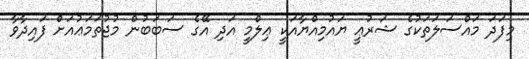
މިފަދަ މައްސަލަތަކުގެ ޝަރުޢީ ޔައުމިއްޔާއަކީ ޢިލްމީ އަދި އޭގެ ސަބަބުން މުުޖުތަމަޢުއަށް ފައިދާވާ